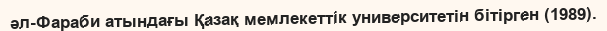
әл-Фараби атындағы Қазақ мемлекеттік университетін бітірген (1989).